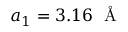
a _ { 1 } = 3 . 1 6 ~ \mathrm { ~ \AA ~ }